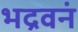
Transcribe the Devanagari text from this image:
भद्रवनं